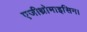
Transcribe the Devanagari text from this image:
एजीथ्रोमाइसिन।